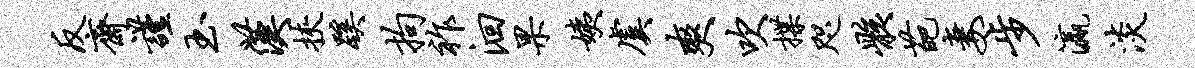
反斋谨玉汉挟蹊拘祚洄果姨虞爽吹揲咫骸葩妻步瀛淡